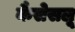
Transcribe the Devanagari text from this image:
कैसेसलू